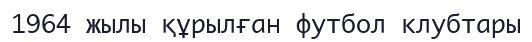
1964 жылы құрылған футбол клубтары